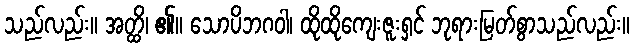
သည်လည်း။ အတ္ထိ၊ ၏။ သောပိဘဂဝါ၊ ထိုထိုကျေးဇူးရှင် ဘုရားမြတ်စွာသည်လည်း။